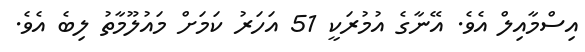
އިސްމާއިލް އެވެ. އޭނާގެ އުމުރަކީ 51 އަހަރު ކަމަށް މައުލޫމާތު ލިބެ އެވެެ.